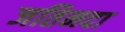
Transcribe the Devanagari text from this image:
जतिनदा